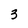
Character: 3